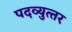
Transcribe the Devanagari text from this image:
पदव्‍युत्‍तर